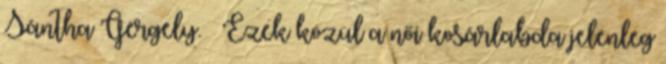
Sántha Gergely. – Ezek közül a női kosárlabda jelenleg